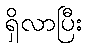
ရှိလာပြီး